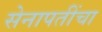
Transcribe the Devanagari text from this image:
सेनापतींचा